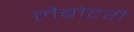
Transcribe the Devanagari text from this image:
लैब्रोटरी